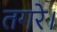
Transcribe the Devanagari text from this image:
तगरे।